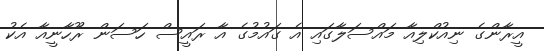
އީރާންގެ ނިއުކްލިއާ މައްސަލާގައި އެ ގައުމުގެ އާ ރައީސް ހަސަން ރޫހާނީއާ އެކު